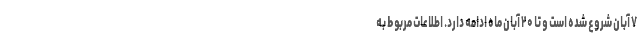
۷ آبان شروع شده است و تا ۲۰ آبان ماه ادامه دارد. اطلاعات مربوط به